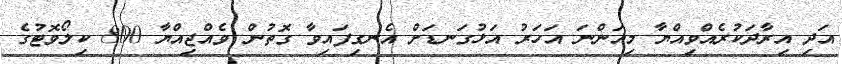
އަދި އިރާދަކުރެއްވިއްޔާ މިއަންނަ އަހަރު އަޅުގަނޑަށް އެނގިފައިވާ ގޮތުން ވެއްޖިއްޔާ 800 ކިލޯވޮޓުގެ